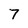
Character: 7